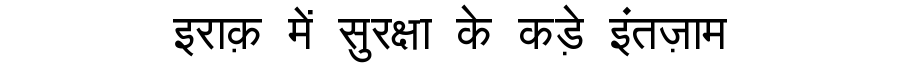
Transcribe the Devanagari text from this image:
इराक़ में सुरक्षा के कड़े इंतज़ाम